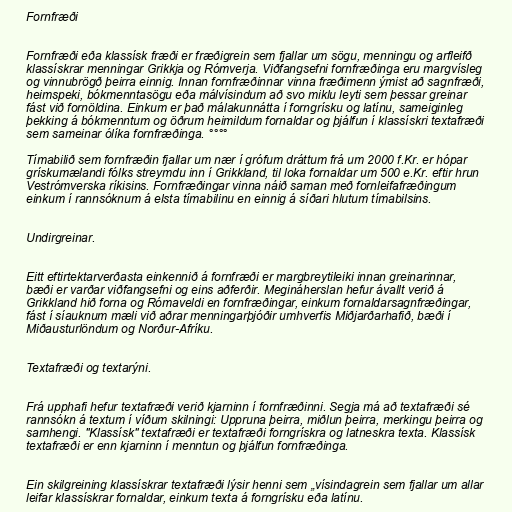
Fornfræði

Fornfræði eða klassísk fræði er fræðigrein sem fjallar um sögu, menningu og arfleifð
klassískrar menningar Grikkja og Rómverja. Viðfangsefni fornfræðinga eru margvísleg
og vinnubrögð þeirra einnig. Innan fornfræðinnar vinna fræðimenn ýmist að sagnfræði,
heimspeki, bókmenntasögu eða málvísindum að svo miklu leyti sem þessar greinar
fást við fornöldina. Einkum er það málakunnátta í forngrísku og latínu, sameiginleg
þekking á bókmenntum og öðrum heimildum fornaldar og þjálfun í klassískri textafræði
sem sameinar ólíka fornfræðinga. °°°°

Tímabilið sem fornfræðin fjallar um nær í grófum dráttum frá um 2000 f.Kr. er hópar
grískumælandi fólks streymdu inn í Grikkland, til loka fornaldar um 500 e.Kr. eftir hrun
Vestrómverska ríkisins. Fornfræðingar vinna náið saman með fornleifafræðingum
einkum í rannsóknum á elsta tímabilinu en einnig á síðari hlutum tímabilsins.

Undirgreinar.

Eitt eftirtektarverðasta einkennið á fornfræði er margbreytileiki innan greinarinnar,
bæði er varðar viðfangsefni og eins aðferðir. Megináherslan hefur ávallt verið á
Grikkland hið forna og Rómaveldi en fornfræðingar, einkum fornaldarsagnfræðingar,
fást í síauknum mæli við aðrar menningarþjóðir umhverfis Miðjarðarhafið, bæði í
Miðausturlöndum og Norður-Afríku.

Textafræði og textarýni.

Frá upphafi hefur textafræði verið kjarninn í fornfræðinni. Segja má að textafræði sé
rannsókn á textum í víðum skilningi: Uppruna þeirra, miðlun þeirra, merkingu þeirra og
samhengi. "Klassísk" textafræði er textafræði forngrískra og latneskra texta. Klassísk
textafræði er enn kjarninn í menntun og þjálfun fornfræðinga.

Ein skilgreining klassískrar textafræði lýsir henni sem „vísindagrein sem fjallar um allar
leifar klassískrar fornaldar, einkum texta á forngrísku eða latínu.